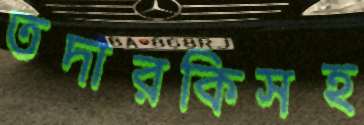
তদারকিসহ